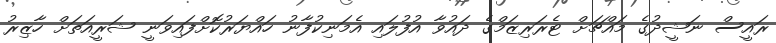
ރައީސް ނަޝީދުގެ މައްޗަށް ޓެރަރިޒަމްގެ ދައުވާ އުފުލައި އެމަނިކުފާނު ހައްޔަރުކޮށްފައިވަނީ ޝަރީއަތަށް ހާޒިރު